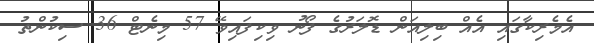
އެމެރިކާގައި އެއް ބިލިއަން ޑޮލަރުގެ ފޯނު ވިކިފައިވޭ 57 މިނެޓް 36 ސިކުންތު